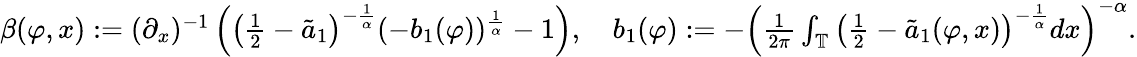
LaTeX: \begin{array}{r}{\beta(\varphi,x):=(\partial_{x})^{-1}\left(\left(\frac{1}{2}-\tilde{a}_{1}\right)^{-\frac{1}{\alpha}}(-b_{1}(\varphi))^{\frac{1}{\alpha}}-1\right),\quad b_{1}(\varphi):=-\left(\frac{1}{2\pi}\int_{\mathbb{T}}\left(\frac{1}{2}-\tilde{a}_{1}(\varphi,x)\right)^{-\frac{1}{\alpha}}dx\right)^{-\alpha}.}\end{array}